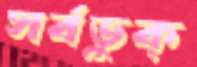
সর্বভুক্‌